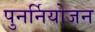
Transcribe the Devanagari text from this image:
पुनर्नियोजन